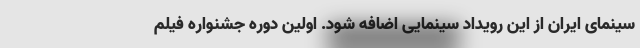
سینمای ایران از این رویداد سینمایی اضافه شود. اولین دوره جشنواره فیلم